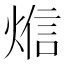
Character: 𰟁